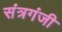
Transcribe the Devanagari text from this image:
संत्रगंजी